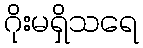
ဂိုးမရှိသရေ